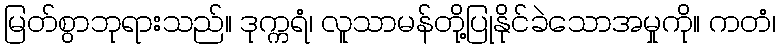
မြတ်စွာဘုရားသည်။ ဒုက္ကရံ၊ လူသာမန်တို့ပြုနိုင်ခဲသောအမှုကို။ ကတံ၊